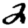
Digit: 2